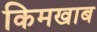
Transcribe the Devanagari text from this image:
किमखाब